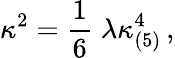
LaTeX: \kappa^{2}=\frac{1}{6}\; \lambda\kappa_{(5)}^{4}\, ,